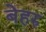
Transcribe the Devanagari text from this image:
बेहरु